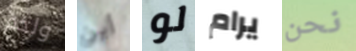
ولحم أين لو يرام نحن